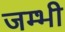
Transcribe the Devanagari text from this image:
जम्भी